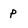
Character: p